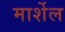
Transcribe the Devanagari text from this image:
मार्शेल